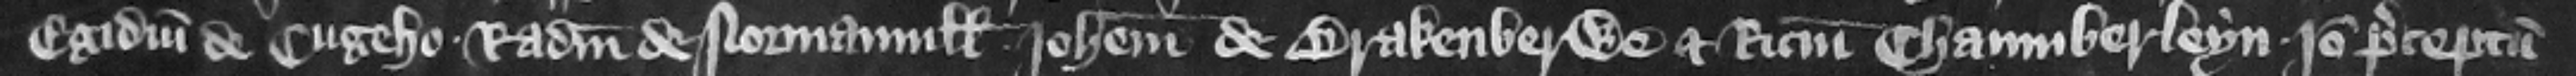
Egidium de Cugeho Radulfum de Normanuill Iohannem de Brakenberwe et Ricardum Chaumberleyn. Ideo preceptum